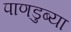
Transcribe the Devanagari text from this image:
पाणडुब्या